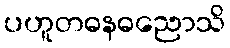
ပဟူတဓနဓညောသိ